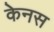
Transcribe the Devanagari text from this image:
केनस